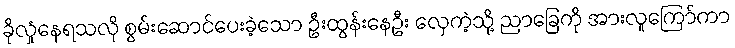
ခိုလှုံနေရသလို စွမ်းဆောင်ပေးခဲ့သော ဦးထွန်းနေဦး လှေကဲ့သို့ ညာခြေကို အားလူကြော်ကာ